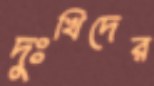
দুঃখিদের